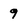
Character: 9